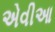
એવીઆ